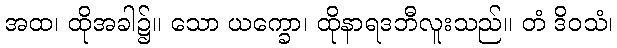
အထ၊ ထိုအခါ၌။ သော ယက္ခော၊ ထိုနာရဒဘီလူးသည်။ တံ ဒိဝသံ၊